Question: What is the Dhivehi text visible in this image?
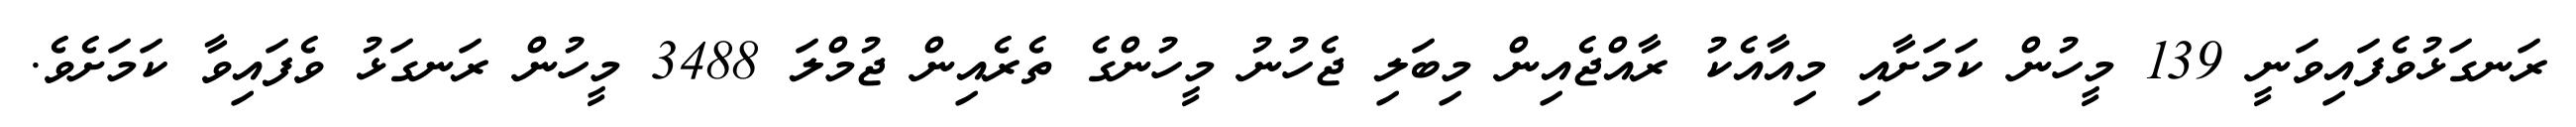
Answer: ރަނގަޅުވެފައިވަނީ 139 މީހުން ކަމަށާއި މިއާއެކު ރާއްޖެއިން މިބަލި ޖެހުނު މީހުންގެ ތެރެއިން ޖުމްލަ 3488 މީހުން ރަނގަޅު ވެފައިވާ ކަމަށެވެ.